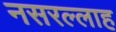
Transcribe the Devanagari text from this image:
नसरल्लाह